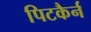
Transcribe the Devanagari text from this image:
पिटकैर्न